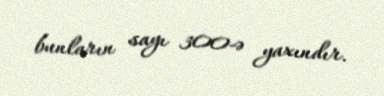
bunların sayı 300-ə yaxındır.